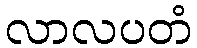
လာလပတံ